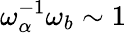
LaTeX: \omega_{\alpha}^{-1}\omega_{b}\sim 1